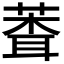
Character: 𬝞